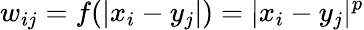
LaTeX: w_{ij}=f(|x_{i}-y_{j}|)=|x_{i}-y_{j}|^{p}